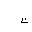
Letter: _ta